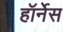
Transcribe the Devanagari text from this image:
हॉर्नेस